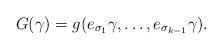
LaTeX: \begin{align*}G(\gamma)=g(e_{\sigma_1}\gamma,\ldots,e_{\sigma_{k-1}}\gamma).\end{align*}